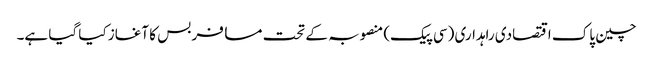
چین پاک اقتصادی راہداری (سی پیک) منصوبہ کے تحت مسافر بس کا آغاز کیا گیا ہے۔